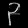
Digit: ၃